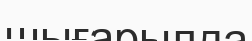
шығарылда